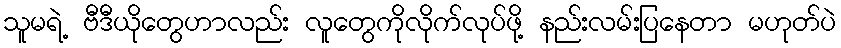
သူမရဲ့ ဗီဒီယိုတွေဟာလည်း လူတွေကိုလိုက်လုပ်ဖို့ နည်းလမ်းပြနေတာ မဟုတ်ပဲ